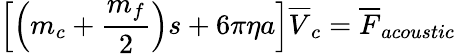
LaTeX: \left[\left(m_{c}+\frac{m_{f}}{2}\right)s+6\pi\eta a\right]\overline{{V}}_{c}=\overline{{F}}_{acoustic}